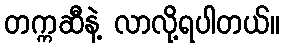
တက္ကဆီနဲ့ လာလို့ရပါတယ်။